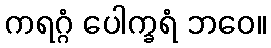
ကရဂ္ဂံ ပေါက္ခရံ ဘဝေ။